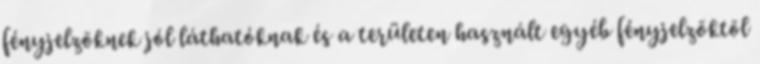
fényjelzõknek jól láthatóknak és a területen használt egyéb fényjelzõktõl